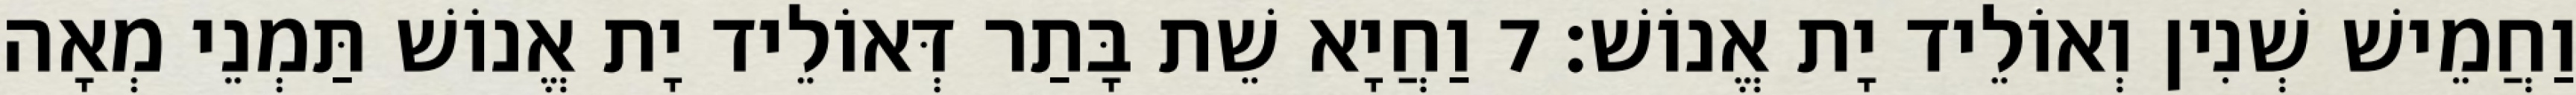
וַחֲמֵישׁ שְׁנִין וְאוֹלֵיד יָת אֱנוֹשׁ׃ 7 וַחֲיָא שֵׁת בָּתַר דְּאוֹלֵיד יָת אֱנוֹשׁ תַּמְנֵי מְאָה